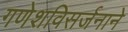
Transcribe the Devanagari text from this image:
गणेशविसर्जनाने